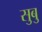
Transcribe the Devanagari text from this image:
सुबु